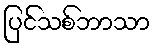
ပြင်သစ်ဘာသာ